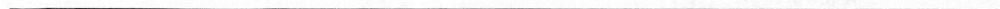
___